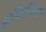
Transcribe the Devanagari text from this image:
आभिरुचिरखने